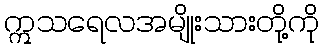
ဣသရေလအမျိုးသားတို့ကို